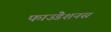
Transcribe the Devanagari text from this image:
फाउंडेशनस